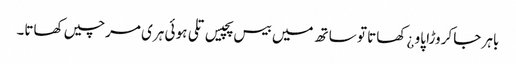
باہر جا کروڑا پاو ¿ کھاتا تو ساتھ میں بیس پچیس تلی ہو ئی ہری مرچیں کھاتا۔